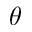
\boldsymbol { \theta }